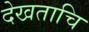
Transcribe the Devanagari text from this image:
देखताचि